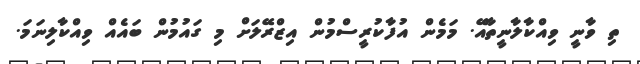
ތި ވާނީ ވިއްކާލާނީތާއޭ. މަމެން އުފާކުރީސްމުން އިޒްރޭލަށް މި ގައުމުން ބައެއް ވިއްކާލިނަމަ.